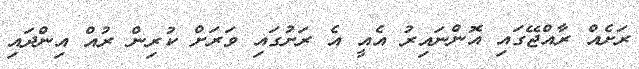
ރަށެއް ރާއްޖޭގައި އޮންނައިރު އެއީ އެ ރަށުގައި ވަރަށް ކުރިން ރުއް އިންދައި